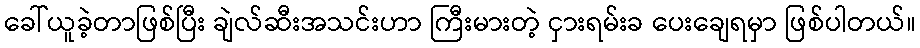
ခေါ်ယူခဲ့တာဖြစ်ပြီး ချဲလ်ဆီးအသင်းဟာ ကြီးမားတဲ့ ငှားရမ်းခ ပေးချေရမှာ ဖြစ်ပါတယ်။